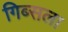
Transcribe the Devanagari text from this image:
गिब्सला